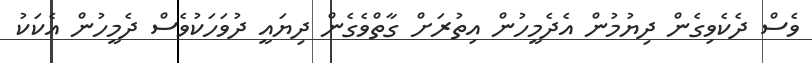
ވެސް ދެކެވިގެން ދިޔުމުން އެދެމީހުން އިތުރަށް ގާތްވެގެން ދިޔައީ ދުވަހަކުވެސް ދެމީހުން އެކަކު